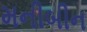
મનીબીન